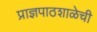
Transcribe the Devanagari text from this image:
प्राज्ञपाठशाळेची